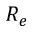
R _ { e }